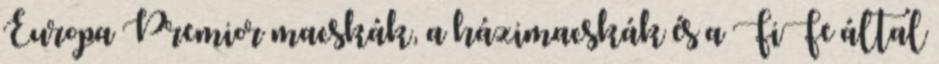
Europa Premior macskák, a házimacskák és a FiFe által